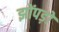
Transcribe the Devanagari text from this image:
झोंपड़ों